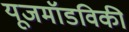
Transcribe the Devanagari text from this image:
यूजमॉडविकी